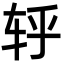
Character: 轷